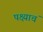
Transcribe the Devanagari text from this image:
पक्ष्याचं